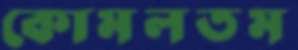
কোমলতম